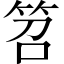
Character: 笤